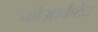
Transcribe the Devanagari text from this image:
कोआर्कटेट